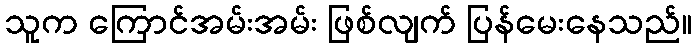
သူက ကြောင်အမ်းအမ်း ဖြစ်လျက် ပြန်မေးနေသည်။